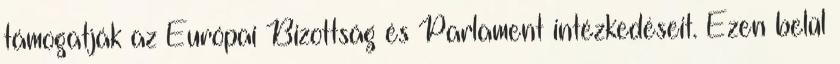
támogatják az Európai Bizottság és Parlament intézkedéseit. Ezen belül